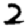
Digit: 2